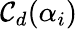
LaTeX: \mathcal{C}_{d}(\alpha_{i})